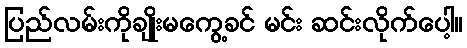
ပြည်လမ်းကိုချိုးမကွေ့ခင် မင်း ဆင်းလိုက်ပေါ့။